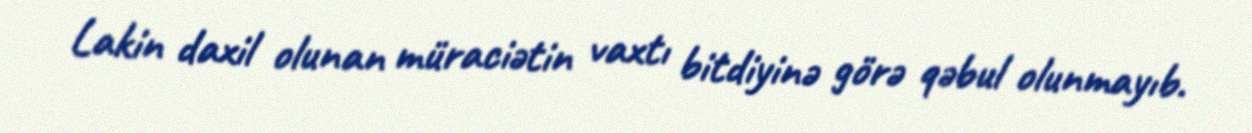
Lakin daxil olunan müraciətin vaxtı bitdiyinə görə qəbul olunmayıb.